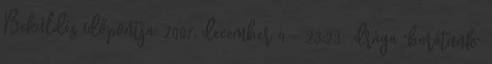
Beküldés időpontja: 2007, december 4 - 23:23. .drága "barátunk"